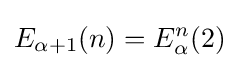
E_{\alpha +1}(n)=E_{\alpha }^{n}(2)